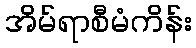
အိမ်ရာစီမံကိန်း